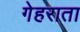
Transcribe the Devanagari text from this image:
गेहराता